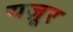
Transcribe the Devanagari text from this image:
यज़ूर